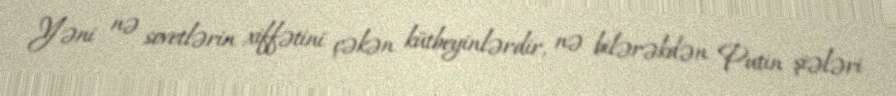
Yəni nə sovetlərin xiffətini çəkən kütbeyinlərdir, nə bilərəkdən Putin şiələri